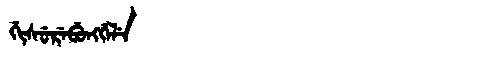
Manchu: ᡤᡳᠰᡠᡵᡝᠪᡠᠩᡤᡝᠯᡝ
Romanization: GISUREBUNGGELE